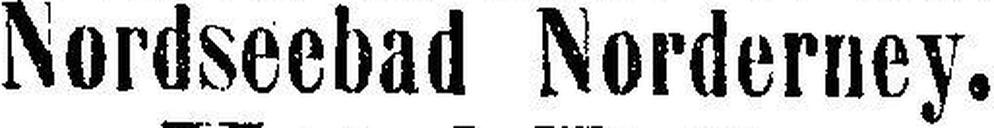
Nordseebad Norderney.